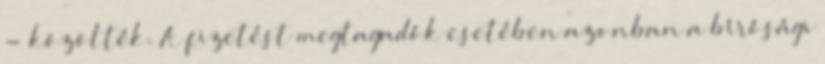
- közölték. A fizetést megtagadók esetében azonban a bírósági